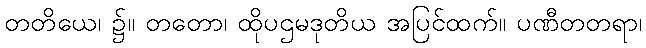
တတိယေ၊ ၌။ တတော၊ ထိုပဌမဒုတိယ အပြင်ထက်။ ပဏီတတရာ၊